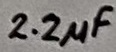
Text: 2.2µF